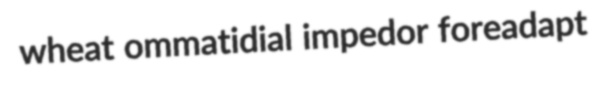
wheat ommatidial impedor foreadapt